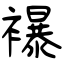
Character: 襮